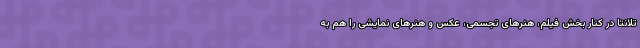
تلانتا در کنار بخش فیلم، هنرهای تجسمی، عکس و هنرهای نمایشی را هم به